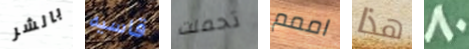
بالشر قاسيه تحملت اممم هذا 80